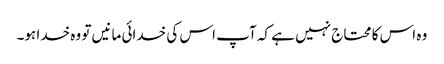
وہ اس کا محتاج نہیں ہے کہ آپ اس کی خدائی مانیں تو وہ خدا ہو۔